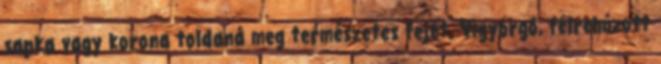
sapka vagy korona toldaná meg természetes fejét. Vigyorgó, félrehúzott